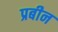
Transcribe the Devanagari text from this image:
प्रबीन